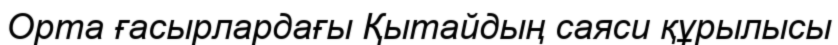
Орта ғасырлардағы Қытайдың саяси құрылысы